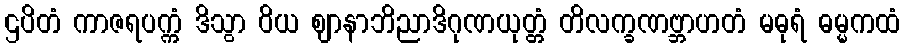
ဌပိတံ ကာဇရပက္ကံ ဒိသွာ ဝိယ ဈာနာဘိညာဒိဂုဏယုတ္တံ တိလက္ခဏဗ္ဘာဟတံ မဓုရံ ဓမ္မကထံ